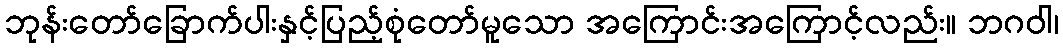
ဘုန်းတော်ခြောက်ပါးနှင့်ပြည့်စုံတော်မူသော အကြောင်းအကြောင့်လည်း။ ဘဂဝါ၊